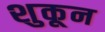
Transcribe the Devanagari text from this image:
शुकून